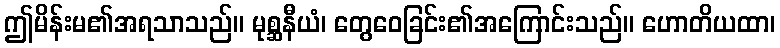
ဤမိန်းမ၏အရသာသည်။ မုစ္ဆနီယံ၊ တွေဝေခြင်း၏အကြောင်းသည်။ ဟောတိယထာ၊